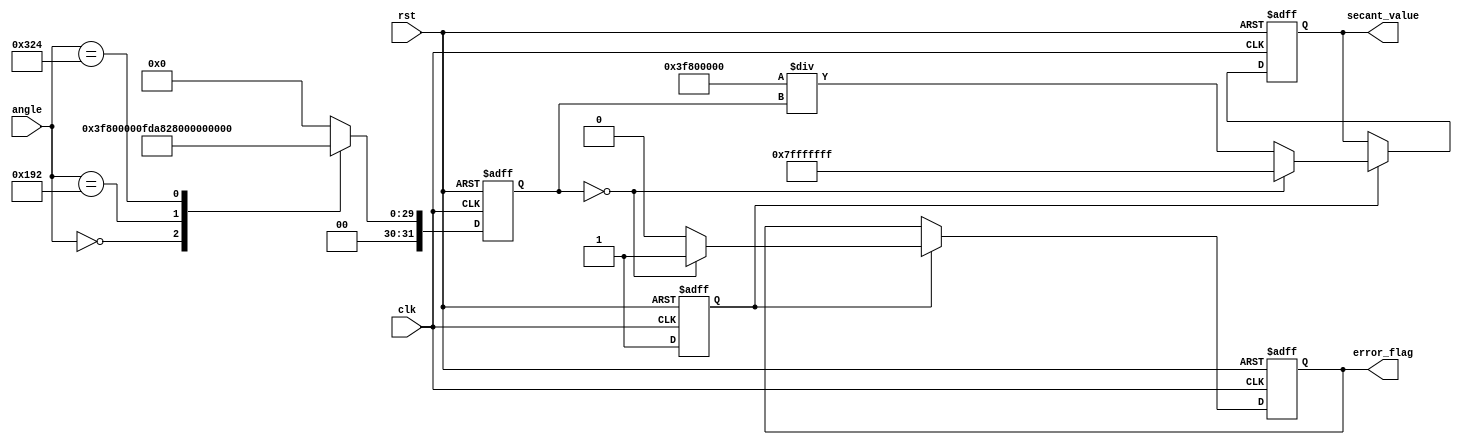
module secant_calculator (
    input wire clk,
    input wire rst,
    input wire [15:0] angle, // Input angle in radians (fixed-point format)
    output reg [31:0] secant_value, // Output secant value
    output reg error_flag // Error flag for division by zero
);

    reg [31:0] cos_value; // Cosine value
    reg cosine_valid; // Indicates if cosine value is valid

    // Cosine Calculation Block (Using a simple lookup table)
    always @(posedge clk or posedge rst) begin
        if (rst) begin
            cos_value <= 32'b0;
            cosine_valid <= 1'b0;
        end else begin
            // Simple lookup table for demonstration purposes
            case (angle)
                16'h0000: cos_value <= 32'h3F800000; // cos(0) = 1.0
                16'h0192: cos_value <= 32'h3F6A09E6; // cos(0.1) approx = 0.995
                16'h0324: cos_value <= 32'h3F4D2C3D; // cos(0.2) approx = 0.980
                // Add more values as needed
                default: cos_value <= 32'h00000000; // Default to 0
            endcase
            cosine_valid <= 1'b1; // Indicate cosine value is ready
        end
    end

    // Reciprocal Calculation Block
    always @(posedge clk or posedge rst) begin
        if (rst) begin
            secant_value <= 32'b0;
            error_flag <= 1'b0;
        end else if (cosine_valid) begin
            if (cos_value == 32'b0) begin
                secant_value <= 32'h7FFFFFFF; // Set to a large value to represent infinity
                error_flag <= 1'b1; // Set error flag for division by zero
            end else begin
                secant_value <= (32'h3F800000 / cos_value); // sec(x) = 1/cos(x)
                error_flag <= 1'b0; // Clear error flag
            end
        end
    end

endmodule